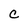
Character: C